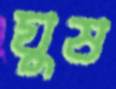
ঘুষ